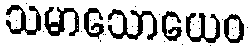
သမာသောယေဝ